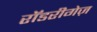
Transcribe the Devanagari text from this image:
रॉडरीगेज़